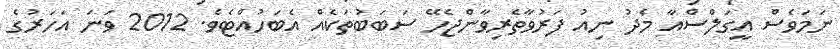
ނަމަވެސް އީގަލްސްއާ މެދު ނިއު ފަރުވާތެރިވާންޖެހޭ ސަބަބުތަކެއް އެބަހުއްޓެވެ. 2012 ވަނަ އަހަރުގެ